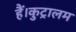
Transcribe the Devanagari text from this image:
हैं।कुट्रालम